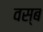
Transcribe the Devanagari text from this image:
वस्ब